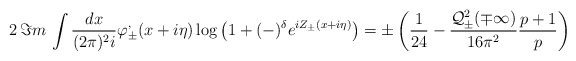
\begin{align*}2\, \Im m\, \int \frac{dx}{(2\pi )^{2}i}\varphi ^{,}_{\pm }(x+i\eta )\log \left( 1+(-)^{\delta }e^{iZ_{\pm }(x+i\eta )}\right) =\pm \left( \frac{1}{24}-\frac{{\cal Q}^{2}_{\pm }(\mp \infty )}{16\pi ^{2}}\frac{p+1}{p}\right)\end{align*}